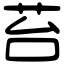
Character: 苔